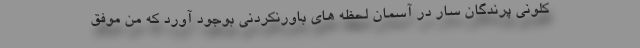
کلونی پرندگان سار در آسمان لحظه های باورنکردنی بوجود آورد که من موفق